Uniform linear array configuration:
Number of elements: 12
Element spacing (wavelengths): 0.5
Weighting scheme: exponential
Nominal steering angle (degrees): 0
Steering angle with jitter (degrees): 0.5536
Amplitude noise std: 0.05
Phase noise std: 0.05

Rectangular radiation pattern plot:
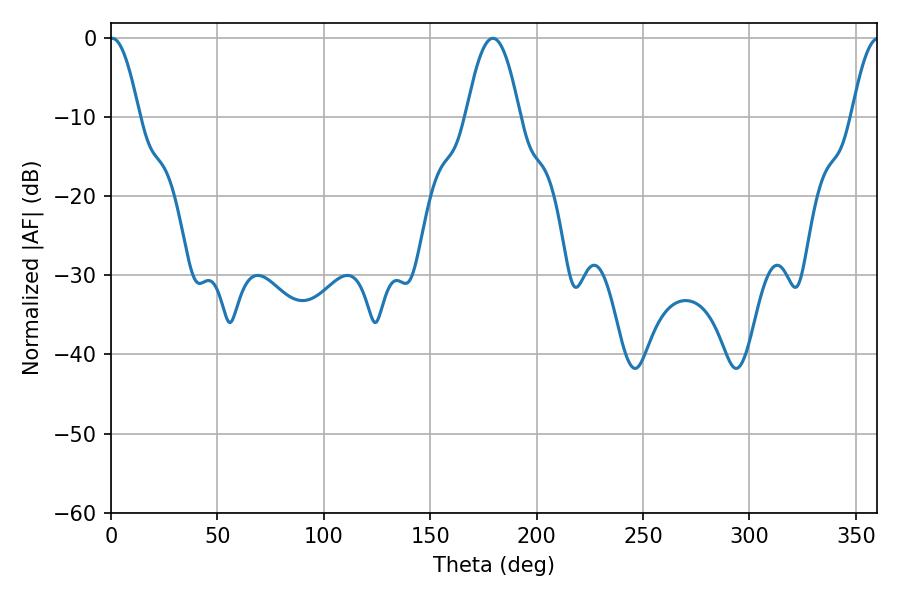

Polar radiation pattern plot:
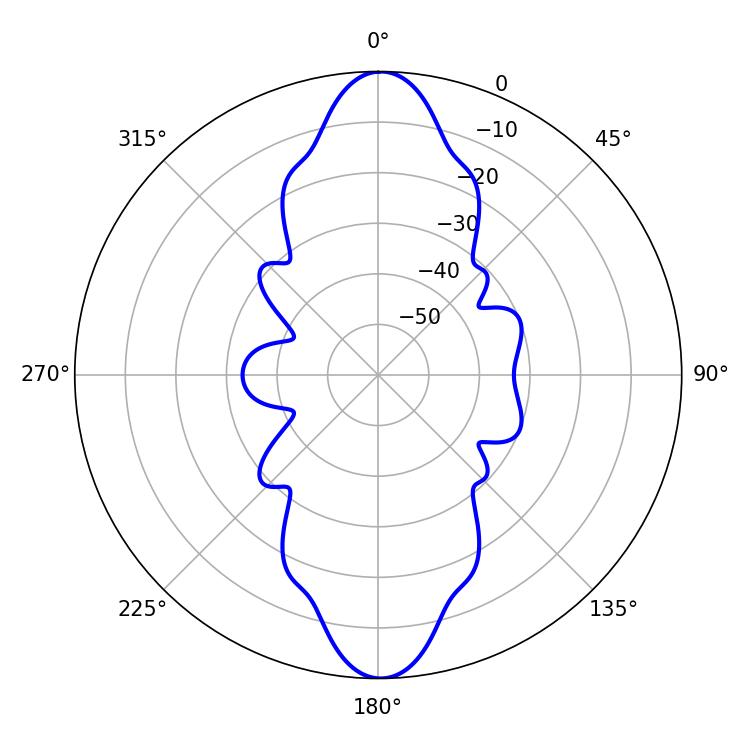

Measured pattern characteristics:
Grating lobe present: FALSE
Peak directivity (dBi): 25.029
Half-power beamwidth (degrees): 7.38
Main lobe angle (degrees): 0.54